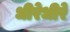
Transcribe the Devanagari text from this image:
धीरेधीरे